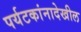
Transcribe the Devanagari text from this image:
पर्यटकांनादेखील